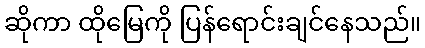
ဆိုကာ ထိုမြေကို ပြန်ရောင်းချင်နေသည်။